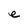
Character: e